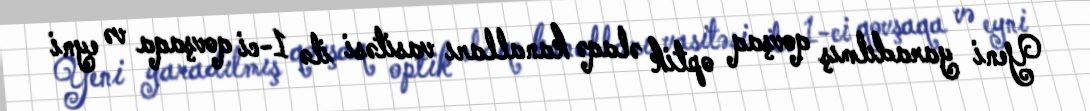
Yeni yaradılmış qovşaq optik əlaqə kanalları vasitəsi ilə 1-ci qovşaqa və eyni